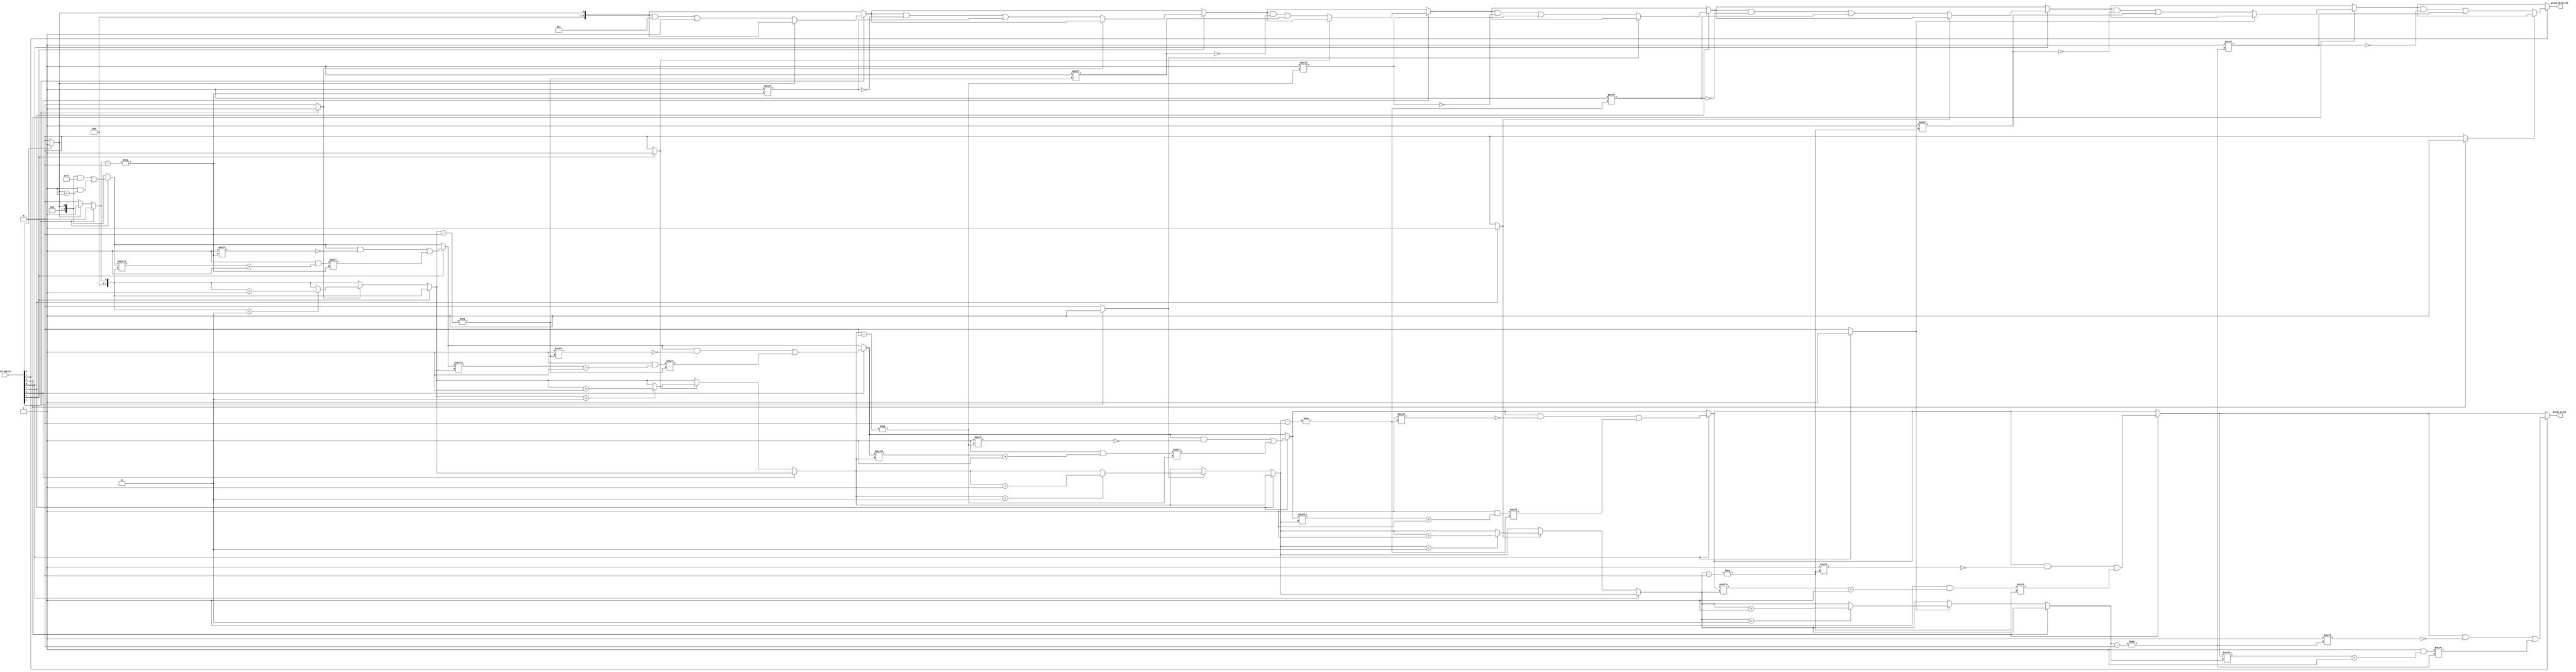
module GroupingOfOnes #(
    parameter N = 8, // Configurable input size
    parameter MAX_GROUPS = 4 // Max number of groups to detect
)(
    input wire [N-1:0] in_vector, // Input binary vector
    output reg [MAX_GROUPS-1:0] group_detected, // Output to indicate detected groups
    output reg [N-1:0] group_sizes // Output to represent sizes of each group
);

    integer i;
    reg inside_group; // State to track if we are inside a group of 1s
    reg [MAX_GROUPS-1:0] group_counter; // Counter for detected groups

    always @* begin
        // Initialize outputs
        group_detected = 0;
        group_sizes = 0;
        inside_group = 0;
        group_counter = 0;

        // Iterate through the input vector
        for (i = 0; i < N; i = i + 1) begin
            if (in_vector[i] == 1) begin
                if (!inside_group) begin
                    // We found the start of a new group
                    inside_group = 1;
                    group_detected[group_counter] = 1; // Mark this group as detected
                end
                // Increment size of the current group
                group_sizes[group_counter] = group_sizes[group_counter] + 1;
            end else begin
                if (inside_group) begin
                    // We found the end of a group
                    inside_group = 0;
                    // Move to the next group if possible
                    if (group_counter < MAX_GROUPS - 1) begin
                        group_counter = group_counter + 1;
                    end
                end
            end
        end

        // If we were still inside a group at the end, mark it
        if (inside_group) begin
            // If the last group was not counted, count it
            if (group_counter < MAX_GROUPS - 1) begin
                group_counter = group_counter + 1;
            end
        end
    end

endmodule